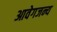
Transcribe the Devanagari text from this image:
आवेगजन्य